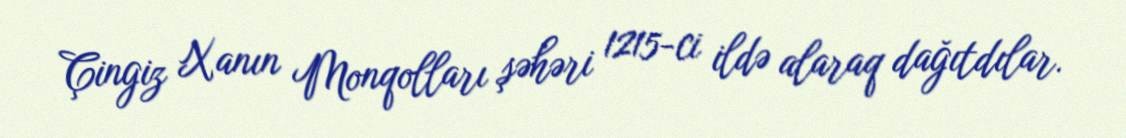
Çingiz Xanın Monqolları şəhəri 1215-ci ildə alaraq dağıtdılar.